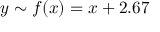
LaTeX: y \sim f ( x ) = x + 2 . 6 7